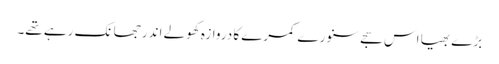
بڑے بھیا اس سجے سنورے کمرے کا دروازہ کھولے اندر جھانک رہے تھے۔